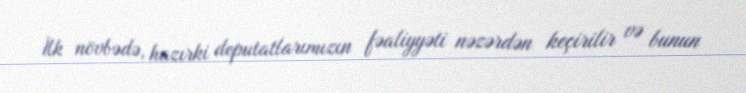
İlk növbədə, hazırki deputatlarımızın fəaliyyəti nəzərdən keçirilir və bunun